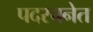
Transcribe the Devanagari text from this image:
पदरचनेत